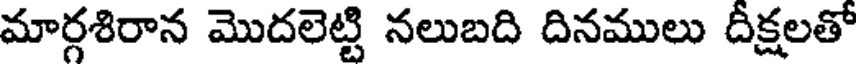
మార్గశిరాన మొదలెట్టి నలుబది దినములు దీక్షలతో